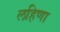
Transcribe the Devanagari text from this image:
लहिणा